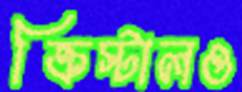
ক্রিস্টালও